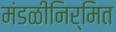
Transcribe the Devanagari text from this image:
मंडळीनिर्मित